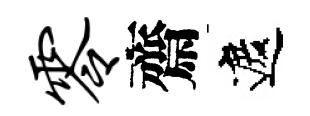
零齋遮